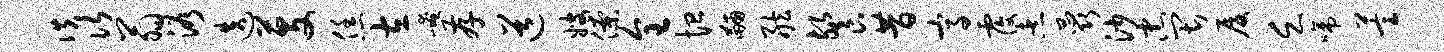
佚次翁浴迭芟恁左崦存道嫂僚全恤黼舷餐昔高覆煮蕊沙忠畏厦乏啼萱